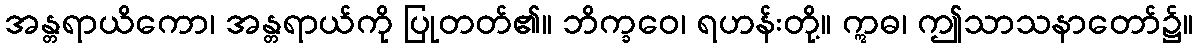
အန္တရာယိကော၊ အန္တရာယ်ကို ပြုတတ်၏။ ဘိက္ခဝေ၊ ရဟန်းတို့။ ဣဓ၊ ဤသာသနာတော်၌။